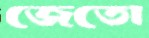
জেতো